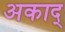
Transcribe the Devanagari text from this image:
अकाद्